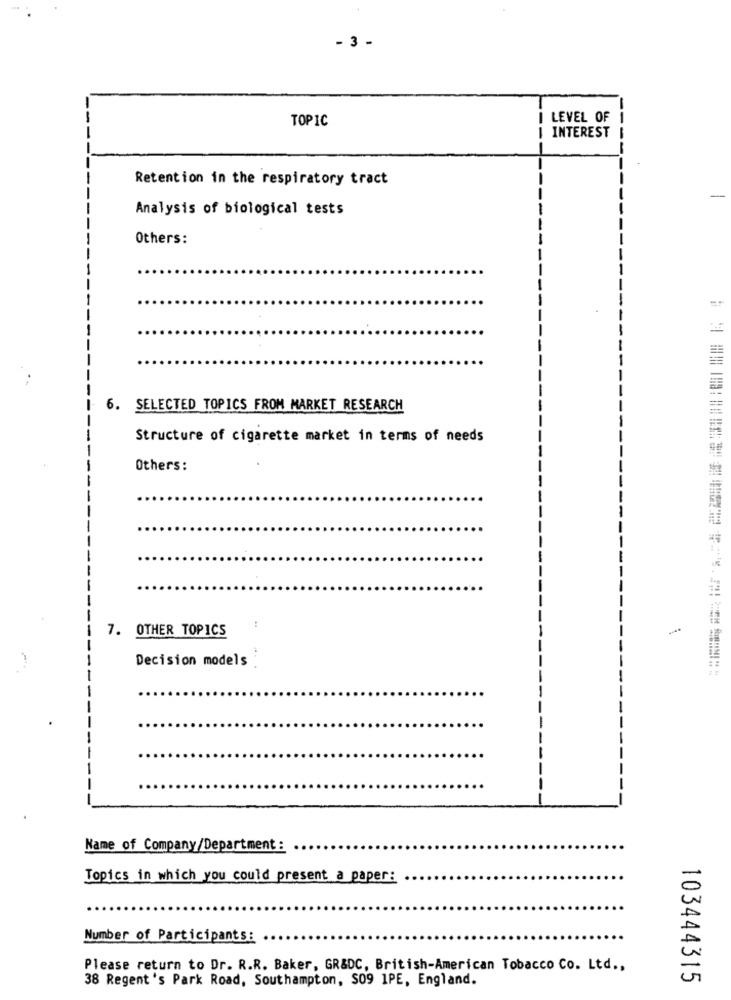
- 3 -
TOPIC
I LEVEL OF
I INTEREST
Retention in the respiratory tract
Analysis of biological tests
Others:
6. SELECTED TOPICS FROM MARKET RESEARCH
Structure of cigarette market in terms of needs
Others:
7. OTHER TOPICS
Decision models
Name of Company/Department :
Topics in which you could present a paper:
Number of Participants:
Please return to Dr. R.R. Baker, GR&DC, British-American Tobacco Co. Ltd .,
38 Regent 's Park Road, Southampton, S09 1PE, England.
103444315